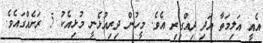
އެއީ އަލިމަތާ އަދި ދިއްގިރި އެވެ. މީހުން ދިރިއުޅެނީ މުޅިއެކު 5 ރަށެއްގައެވެ.